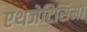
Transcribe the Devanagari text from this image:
एथजेटिसिमा